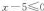
x-5≤0